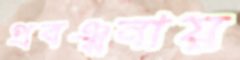
প্রবঞ্চনায়